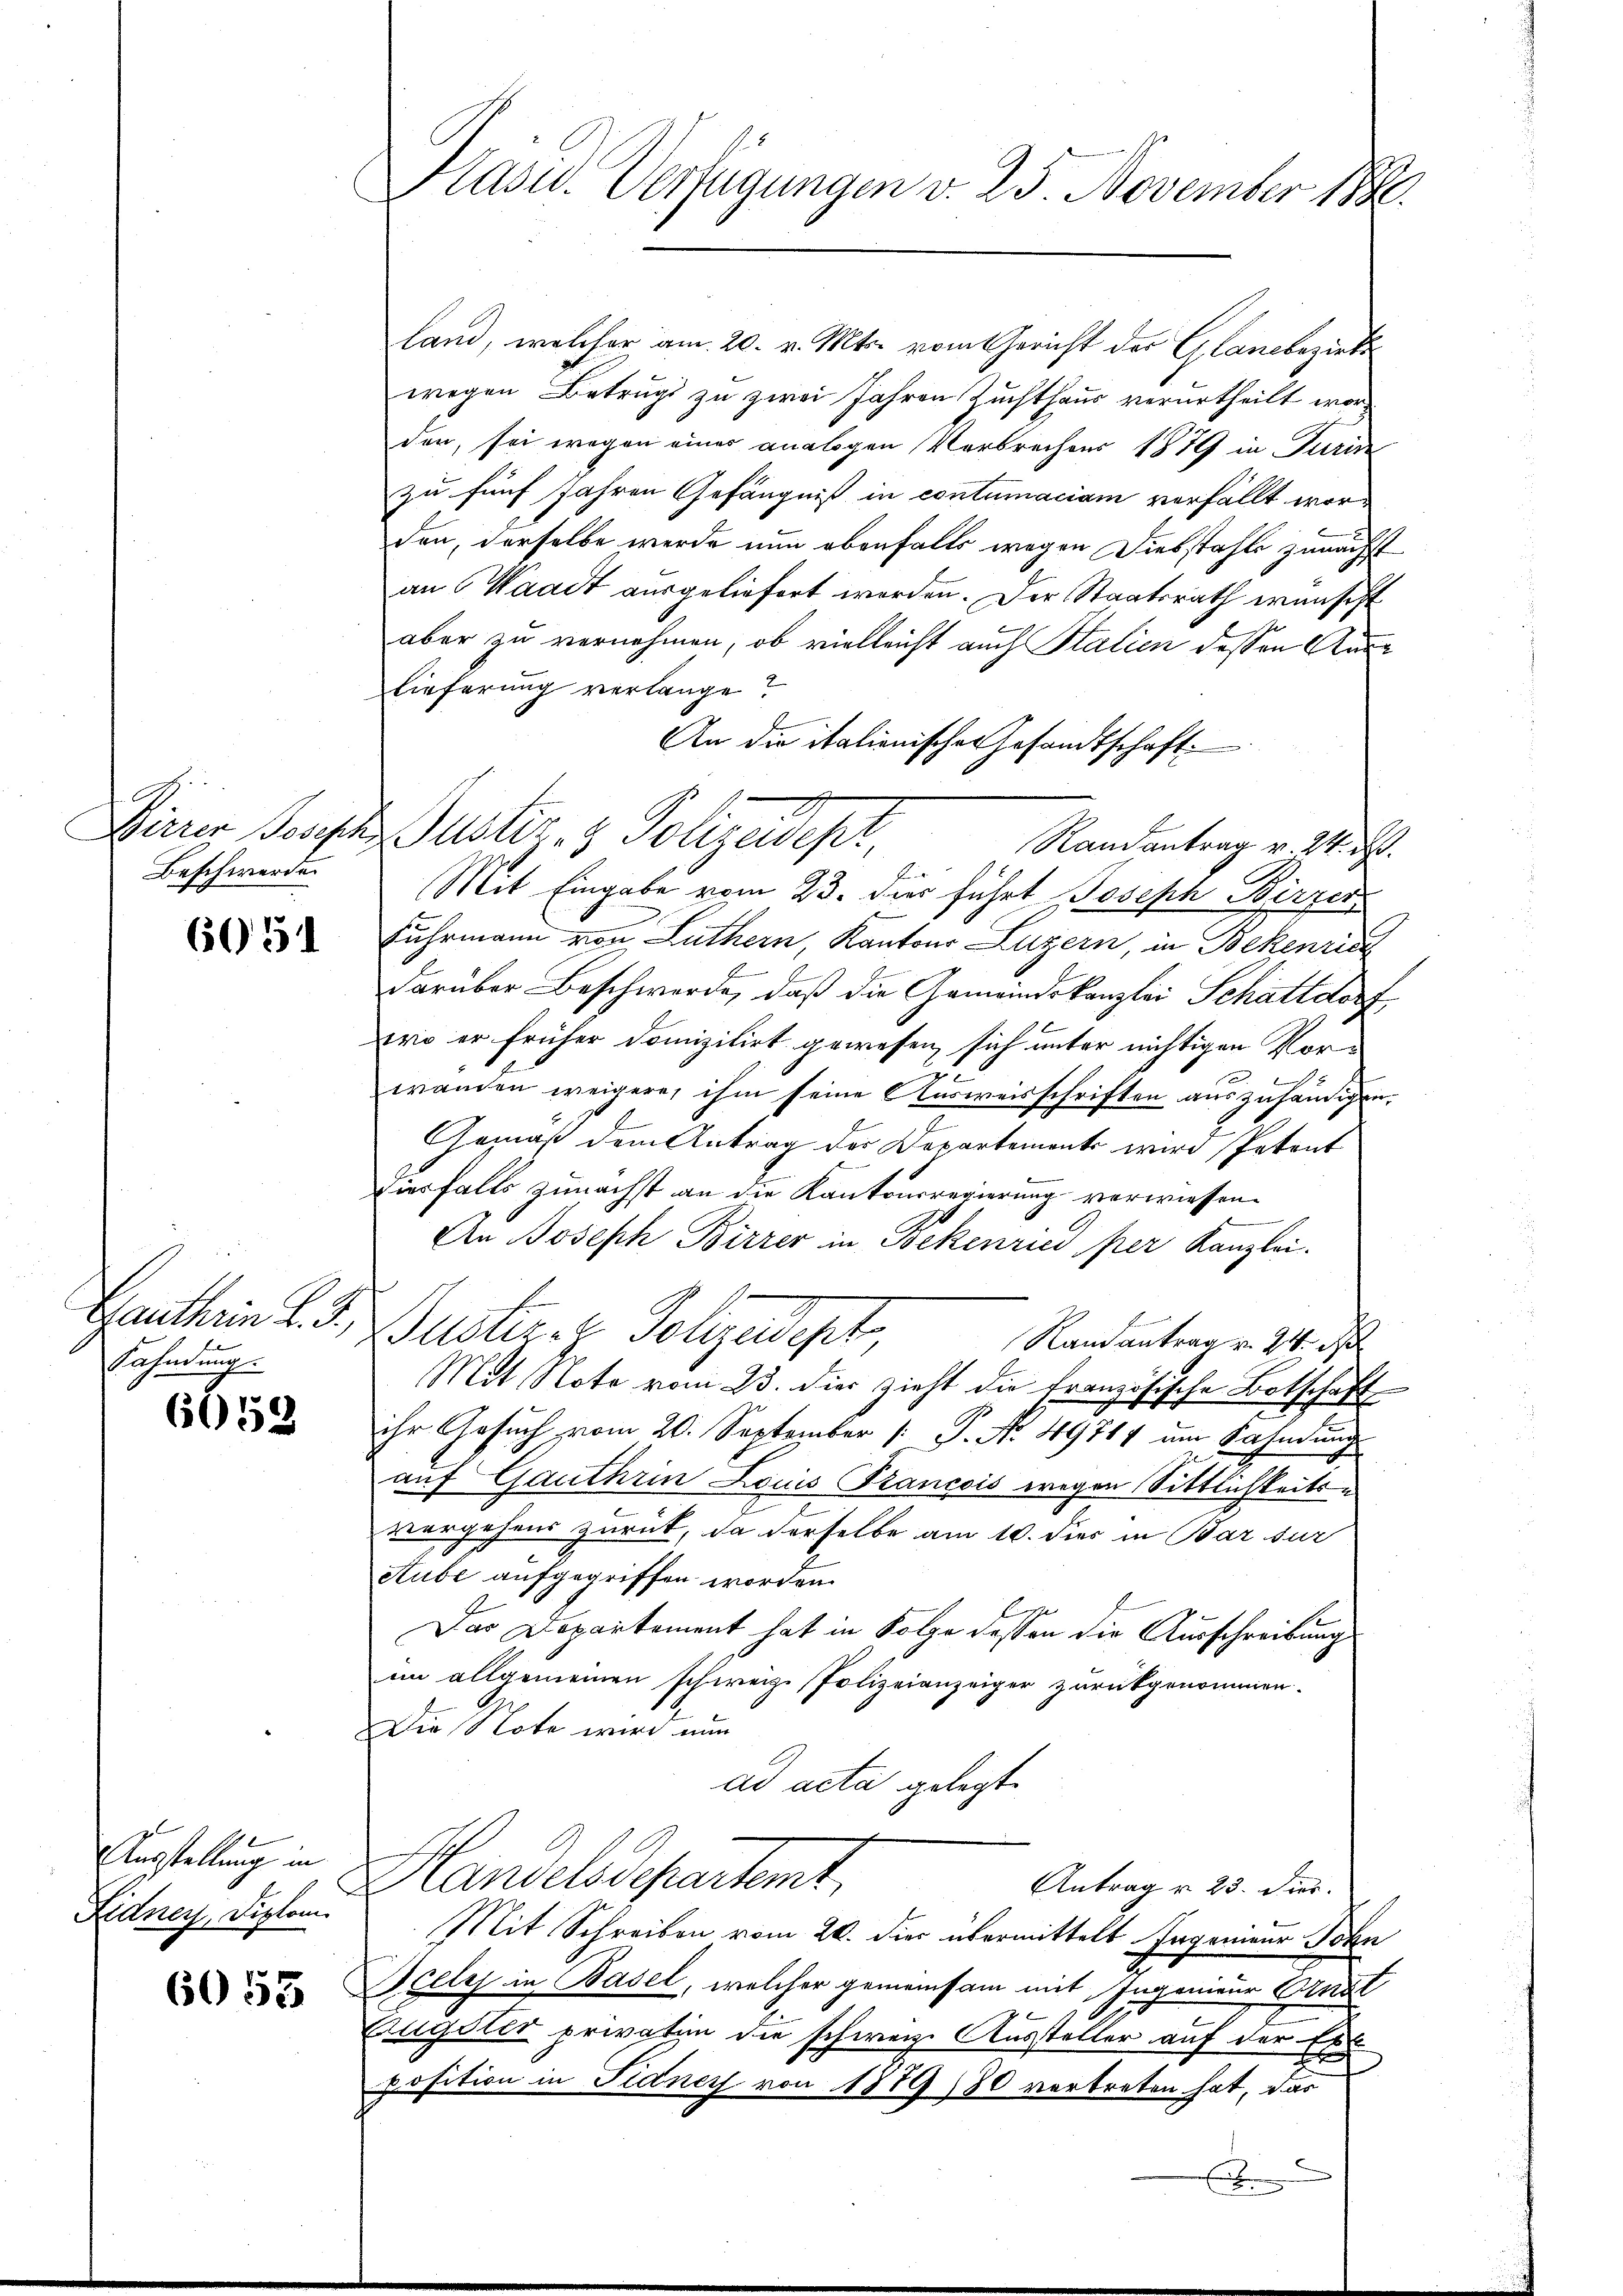
Beschwerden

6051

Jauthrin l. J.,
Fahndung.

6059

Ausstellung in
Fidney, Diplom

6055

Hasu. Verfügungen v. 25. November 1890.

land, welcher am 20. v. Mts. vom Gericht der Glanzbezirks
wegen Betrugs zu zwei Jahren Zuchthaus verurtheilt worden, sei wegen eines analogen Verbrechens 1879 in Turin
zu fünf Jahren Gefängniß in contumaciam verfällt worden, derselbe werde nun ebenfalls wegen Diebstahls zunächst
an Waadt ausgeliefert worden. Der Staatsrath wünscht
aber zu vernehmen, ob vielleicht auch Statien dessen Aarlieferung verlange?
An die italionischen Gesandtschaft
Dierer Kosten Justiz & Polizeides,
Randantrag v. 24. M.
a
Mit Eingabe vom 23. dies führt Joseph Birzer
Fuhrmann von Luthern, Kantons Luzern, in Bekenric
darüber Beschwerde, daß die Gemeindskanzlei Schattdorf
wo er früher Domizilirt gewesen sich unter nichtigen Vor
wanden weigere, ihm seine Ausweisschriften auszuhändigen.
Gemäß dem Antrag der Departements wird Petent
Diesfalls zunächst an die Kantonsregierung verwiesen.
An Joseph Birrer in Bekenried per Kanzlei-
Puster z. Polizeidigt
Randantrag v. 24. Ju
Mit Note vom 23. dies zieht die französische Botschaft
ihr Gesuch vom 20. September [ P. Nr. 49717 um Bahndung
auf Gauthrin Louis Francois wegen Sittlichkeits-
vergehens zurück, da derselbe am 10. dies in Bar sur
Stube aufgegriffen worden.
Das Departement hat in Folge dessen die Ausschreibung
im allgemeinen schweiz. Polizeianzeiger zurückgenommen.
Die Note wird nun
ad acta gelegt.
Handelsdepartemt
Antrag u. 23. Dier.
Mit Schreiben vom 20. die übermittelt. Ingenieur Sohn
Scely in Basel, welcher gemeinsam mit Ingenieur Ornal
Eugster privation die schweiz. Aussteller auf der Ehe
position in Fidney von 1879 (80 vertreten hat, das